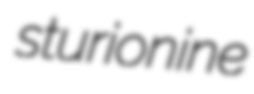
sturionine